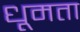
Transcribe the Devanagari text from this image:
धूमता